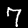
Digit: 7